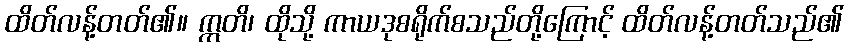
ထိတ်လန့်တတ်၏။ ဣတိ၊ ထိုသို့ ကာယဒုစရိုက်စသည်တို့ကြောင့် ထိတ်လန့်တတ်သည်၏